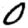
Digit: 0